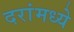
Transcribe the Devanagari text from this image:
दरांमध्ये